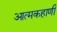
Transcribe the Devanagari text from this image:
आत्मकहाणी